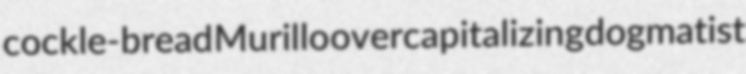
cockle-bread Murillo overcapitalizing dogmatist